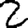
Digit: 2